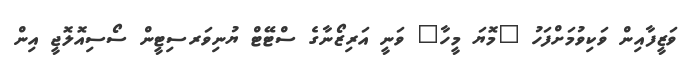
ވަޒީފާއިން ވަކިވުމަށްފަހު "މޮޔަ މީހާ" ވަނީ އަރިޒޯނާގެ ސްޓޭޓް ޔުނިވަރސިޓީން ސޯސިއޮލޮޖީ އިން